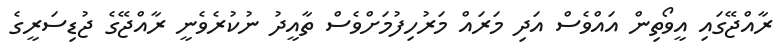
ރާއްޖޭގައި އީވޯތިން އައްވެސް އަދި މަރައް މަރުހިފުމަށްވެސް ތާއީދު ނުކުރެވެނީ ރާއްޖޭގެ ޖުޑިސަރީގެ